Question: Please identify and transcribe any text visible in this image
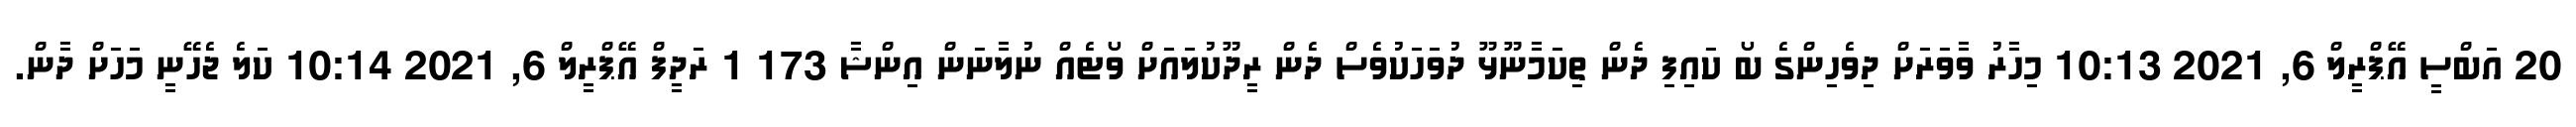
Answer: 20 އަބްސީ އޭޕްރީލް 6, 2021 10:13 މިހާރު ވާވަރަށް ދިވެހިންގެ ބޯ ކައިފި ދެން ތިކަމާނޫޅޫ ދުވަހަކުވެސް ދެން ރީދޫކުލައަށް ވޯޓެއް ނުލާނަން އިންޝާ 173 1 ރަދީފް އޭޕްރީލް 6, 2021 10:14 ކަލެ ޖެހޭނީ މަހަށް ދާން.